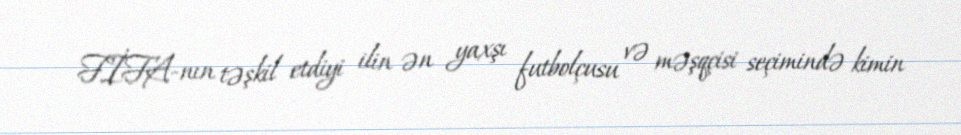
FİFA-nın təşkil etdiyi ilin ən yaxşı futbolçusu və məşqçisi seçimində kimin